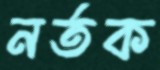
নর্তক